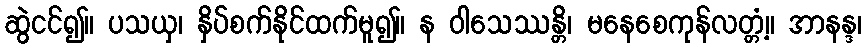
ဆွဲငင်၍။ ပသယှ၊ နှိပ်စက်နိုင်ထက်မူ၍။ န ဝါသေဿန္တိ၊ မနေစေကုန်လတ္တံ့။ အာနန္ဒ၊